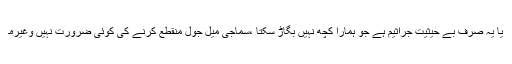
یا یہ صرف بے حیثیت جراثیم ہے جو ہمارا کچھ نہیں بگاڑ سکتا ،سماجی میل جول منقطع کرنے کی کوئی ضرورت نہیں وغیرہ۔